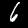
Digit: 6